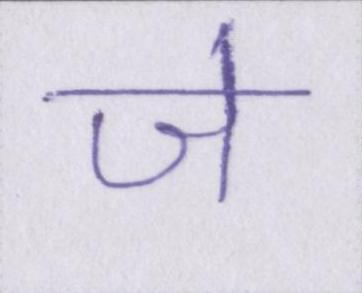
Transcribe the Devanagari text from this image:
जे